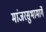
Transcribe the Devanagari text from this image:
मांजरसुभामार्गे